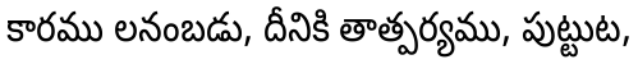
కారము లనంబడు, దీనికి తాత్పర్యము, పుట్టుట,